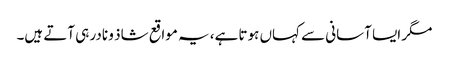
مگر ایسا آسانی سے کہاں ہوتا ہے، یہ مواقع شاذ و نادر ہی آتے ہیں۔